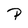
Character: P